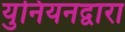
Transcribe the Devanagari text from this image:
युनियनद्वारा